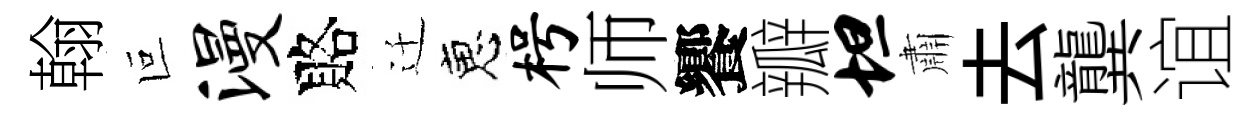
翰叵漫賂迁恵枵师饗瓣坦肅去龔谊